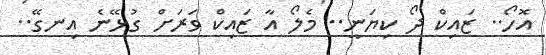
އޮހޯ.. ޒައިކް ދޯ ކިޔަނީ.. މެލޯ އާ ޒައިކް ވަރަށް ގުޅޭނެ އިނގޭ..